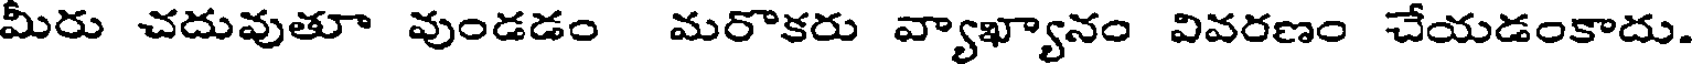
మీరు చదువుతూ వుండడం మరొకరు వ్యాఖ్యానం వివరణం చేయడంకాదు.